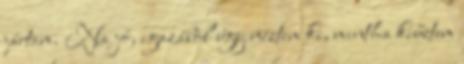
jártam. Na jó, igazából úgy néztem ki, mintha kiűztem